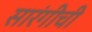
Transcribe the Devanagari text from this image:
सारंगीची